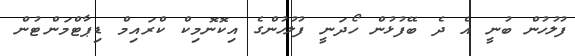
ފުލުހުން ބުނީ އެ ދެ ބޭފުޅުން ހޯދަނީ ފުލުހުންގެ އިކޮނޮމިކް ކްރައިމް ޑިޕާޓްމަންޓުން